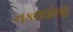
નકલધોરણ